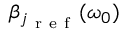
\beta _ { j _ { \mathrm { ~ r ~ e ~ f ~ } } } ( \omega _ { 0 } )